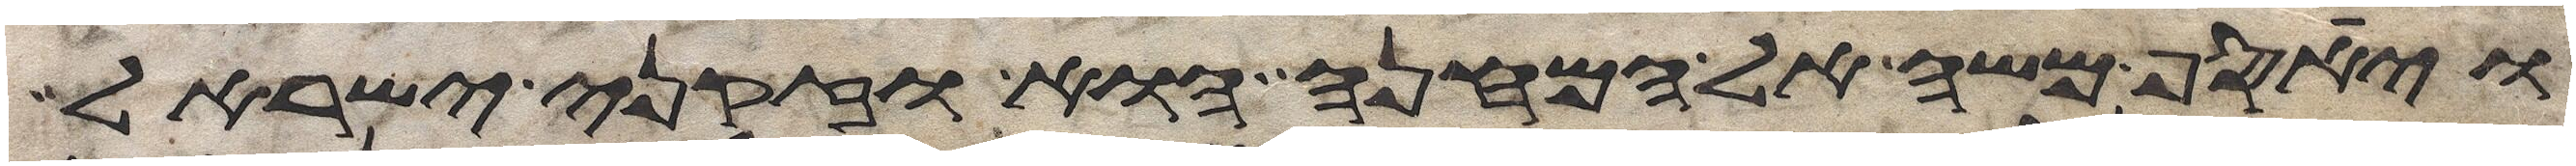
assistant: ויאסף משה אל המחנה הוא וזקני ישראל